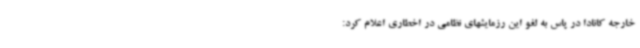
خارجه کانادا در پاس به لغو این رزمایشهای نظامی در اخطاری اعلام کرد: